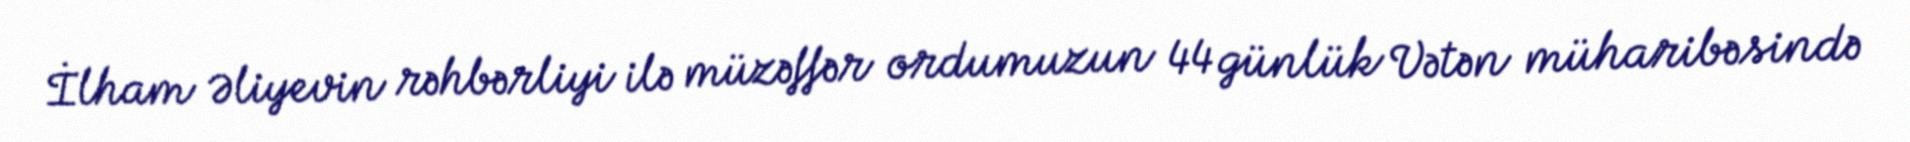
İlham Əliyevin rəhbərliyi ilə müzəffər ordumuzun 44 günlük Vətən müharibəsində